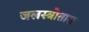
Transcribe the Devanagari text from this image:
जलस्त्रोतास